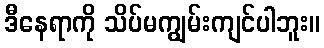
ဒီနေရာကို သိပ်မကျွမ်းကျင်ပါဘူး။